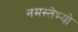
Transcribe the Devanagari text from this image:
नमस्तेभ्यो